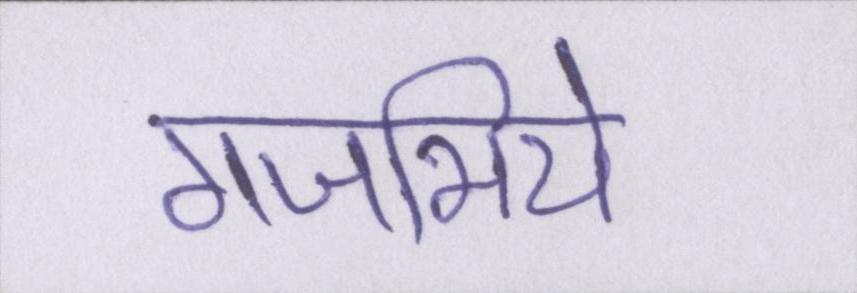
गजभिये